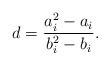
LaTeX: \begin{align*} d = \frac{a_i^2 - a_i}{b_i^2 - b_i}.\end{align*}